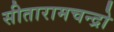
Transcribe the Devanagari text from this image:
सीतारामचन्द्रो